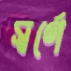
স্বর্ণে